Indian journal of veterinary science and animal husbandry - Volumes 22-23, 1952-1953
Year: 1952
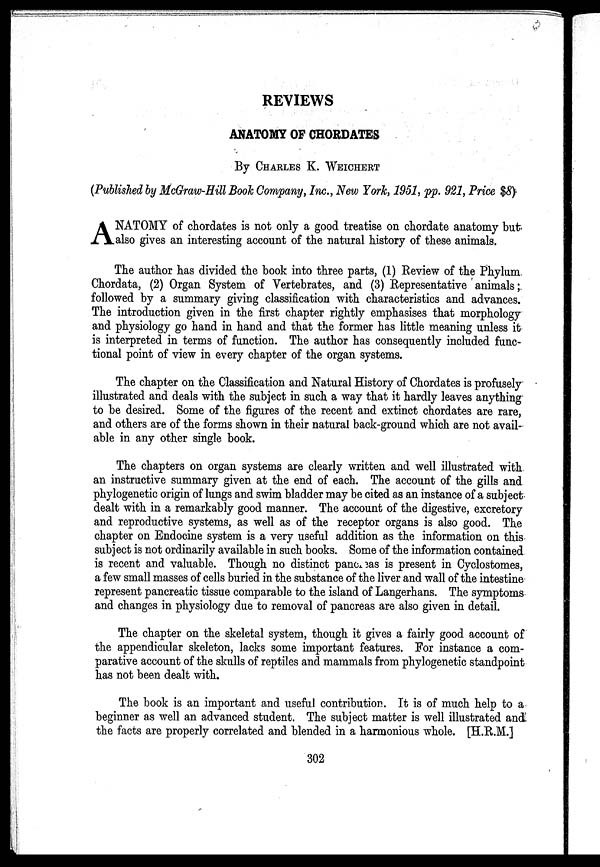
REVIEWS
ANATOMY OF CHORDATES
By CHARLES K. WEICHERT
(Published by McGraw-Hill Book Company, Inc., New York, 1951, pp. 921, Price $8)
A NATOMY of chordates is not only a good treatise on chordate anatomy but
also gives an interesting account of the natural history of these animals.
The author has divided the book into three parts, (1) Review of the Phylum
Chordata, (2) Organ System of Vertebrates, and (3) Representative animals;
followed by a summary giving classification with characteristics and advances.
The introduction given in the first chapter rightly emphasises that morphology
and physiology go hand in hand and that the former has little meaning unless it
is interpreted in terms of function. The author has consequently included func-
tional point of view in every chapter of the organ systems.
The chapter on the Classification and Natural History of Chordates is profusely
illustrated and deals with the subject in such a way that it hardly leaves anything
to be desired. Some of the figures of the recent and extinct chordates are rare,
and others are of the forms shown in their natural back-ground which are not avail-
able in any other single book.
The chapters on organ systems are clearly written and well illustrated with
an instructive summary given at the end of each. The account of the gills and
phylogenetic origin of lungs and swim bladder may be cited as an instance of a subject
dealt with in a remarkably good manner. The account of the digestive, excretory
and reproductive systems, as well as of the receptor organs is also good. The
chapter on Endocine system is a very useful addition as the information on this
subject is not ordinarily available in such books. Some of the information contained
is recent and valuable. Though no distinct pancreas is present in Cyclostomes,
a few small masses of cells buried in the substance of the liver and wall of the intestine
represent pancreatic tissue comparable to the island of Langerhans. The symptoms
and changes in physiology due to removal of pancreas are also given in detail.
The chapter on the skeletal system, though it gives a fairly good account of
the appendicular skeleton, lacks some important features. For instance a com-
parative account of the skulls of reptiles and mammals from phylogenetic standpoint
has not been dealt with.
The book is an important and useful contribution. It is of much help to a
beginner as well an advanced student. The subject matter is well illustrated and
the facts are properly correlated and blended in a harmonious whole. [H.R.M.]
302